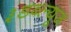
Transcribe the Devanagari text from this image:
३डब्ल्यूज